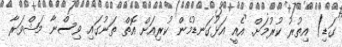
ގަޑި) އިތުރު ކުރުމަށް. އެއީ އަޅުގަނޑުމެން ކުރިއަށް އޮތް ތަނުގައި ވިސްނާ މަޝްވަރާ